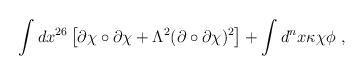
LaTeX: \begin{align*}\int dx^{26} \left[ \partial \chi \circ \partial \chi + \Lambda^2 ( \partial \circ \partial \chi )^2 \right] + \int d^nx \kappa \chi \phi ~,\end{align*}